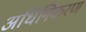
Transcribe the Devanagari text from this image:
अधिनिकरण